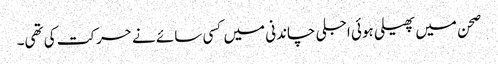
صحن میں پھیلی ہوئی اجلی چاندنی میں کسی سائے نے حرکت کی تھی۔